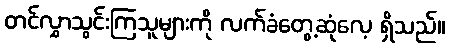
တင်လွှာသွင်းကြသူများကို လက်ခံတွေ့ဆုံလေ့ ရှိသည်။